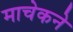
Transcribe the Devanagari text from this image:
माचेकने